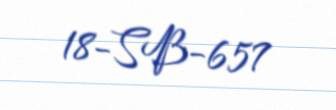
18-SB-657